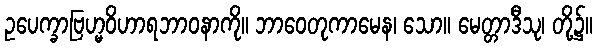
ဥပေက္ခာဗြဟ္မဝိဟာရဘာဝနာကို။ ဘာဝေတုကာမေန၊ သော။ မေတ္တာဒီသု၊ တို့၌။